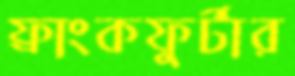
ফ্রাংকফুর্টার